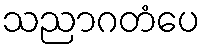
သညာဂတံပေ